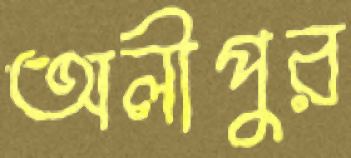
অলীপুর